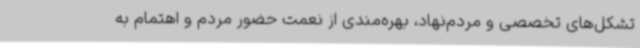
تشکل‌های تخصصی و مردم‌نهاد، بهره‌مندی از نعمت حضور مردم و اهتمام به